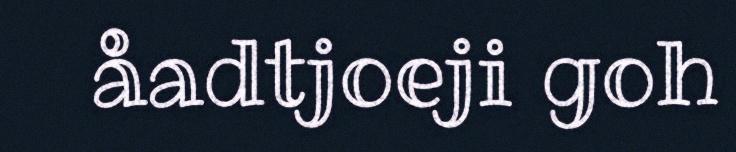
åadtjoeji goh